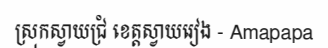
ស្រុកស្វាយជ្រំ ខេត្តស្វាយរៀង - Amapapa